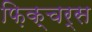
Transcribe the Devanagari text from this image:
फ़िक्चर्स